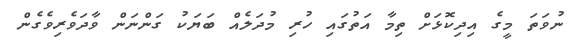
ނުވަތަ މީގެ އިދިކޮޅަށް ތިމާ އަތުގައި ހުރި މުދަލެއް ބަޔަކު ގަންނަން ވާދަވެރިވެގެން